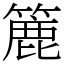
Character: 簏